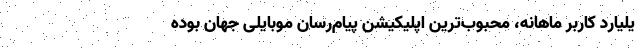
یلیارد کاربر ماهانه، محبوب‌ترین اپلیکیشن پیام‌رسان موبایلی جهان بوده